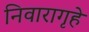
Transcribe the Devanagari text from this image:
निवारागृहे